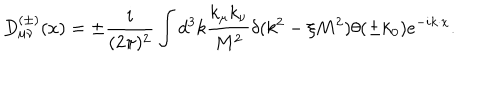
LaTeX: D _ { \mu \nu } ^ { ( \pm ) } ( x ) = \pm \frac { i } { ( 2 \pi ) ^ { 2 } } \int d ^ { 3 } k \frac { k _ { \mu } k _ { \nu } } { M ^ { 2 } } \delta ( k ^ { 2 } - \xi M ^ { 2 } ) \theta ( \pm k _ { 0 } ) e ^ { - i k \cdot x } .